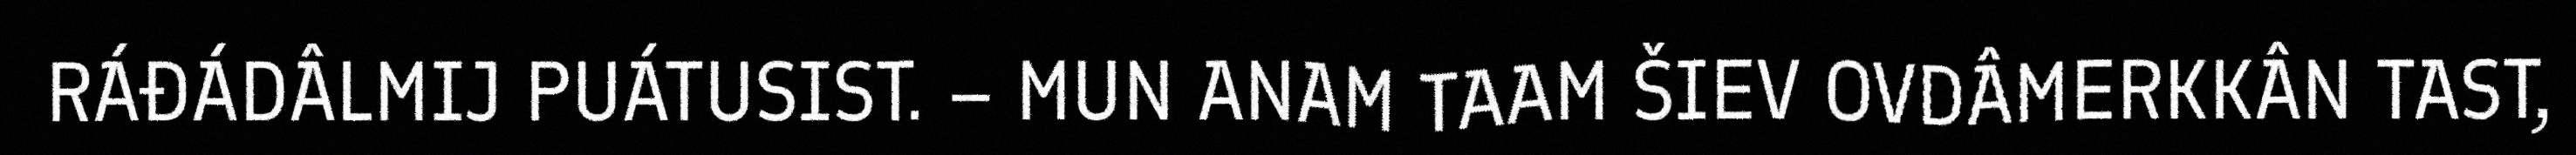
RÁĐÁDÂLMIJ PUÁTUSIST. – MUN ANAM TAAM ŠIEV OVDÂMERKKÂN TAST,